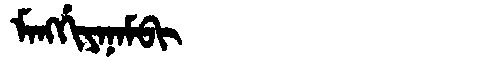
Manchu: ᠮᠠᠩᡤᡳᠶᠠᠨᠠᠮᠪᡳ
Romanization: MANGGIYANAMBI